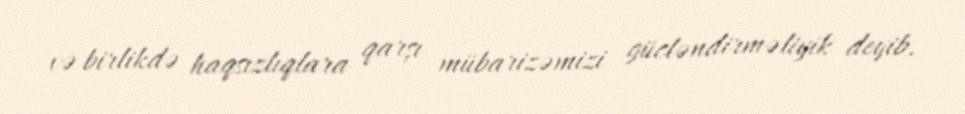
və birlikdə haqsızlıqlara qarşı mübarizəmizi gücləndirməliyik deyib.